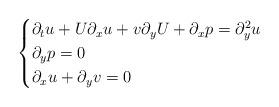
LaTeX: \begin{align*}\begin{cases}\partial_tu+U\partial_xu+v\partial_yU+\partial_xp=\partial_y^2u\\\partial_yp=0\\\partial_xu+\partial_yv=0\\\end{cases}\end{align*}